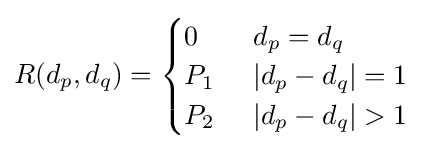
R(d_{p},d_{q})={\begin{cases}0\quad &d_{p}=d_{q}\\P_{1}&|d_{p}-d_{q}|=1\\P_{2}&|d_{p}-d_{q}|>1\end{cases}}